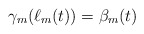
\begin{align*}\gamma_m(\ell_m(t)) = \beta_m(t)\end{align*}